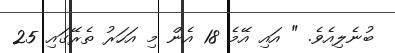
ބުނެލިއެވެ. " އައި އޭމެ 18 އެން މި އަހަރު ތެރޭގައި 25